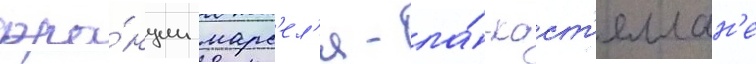
фра́нции марс'ел'я - ла́-каст'еллан'е